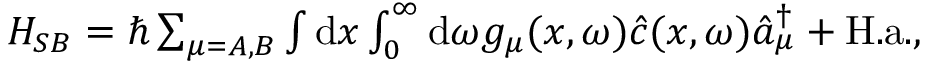
\begin{array} { r } { H _ { S B } = \hbar \sum _ { \mu = A , B } \int \mathrm { d } x \int _ { 0 } ^ { \infty } \mathrm { d } \omega g _ { \mu } ( x , \omega ) \hat { c } ( x , \omega ) \hat { a } _ { \mu } ^ { \dagger } + \mathrm { H . a . } , } \end{array}